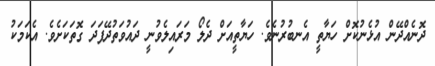
ދޮނެއްދޭން އުޅެނުކޮށް ހަޔާތީ އެނބުރުނެވެ. ހަޔާތީއަށް ދެލޯ މަރައިލެވުނީ ދައުވަތުދޭފަދަ ގޮތަކަށެވެ. އެކަމަކު